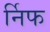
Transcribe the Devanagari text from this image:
र्निफ